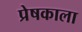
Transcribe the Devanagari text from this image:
प्रेषकाला